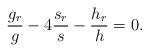
LaTeX: \begin{align*}\frac{g_r}{g}-4\frac{s_r}{s}-\frac{h_r}{h}=0.\end{align*}